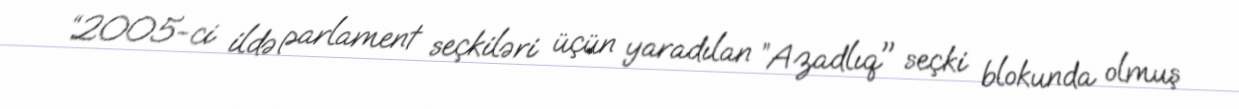
“2005-ci ildə parlament seçkiləri üçün yaradılan ”Azadlıq" seçki blokunda olmuş